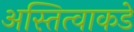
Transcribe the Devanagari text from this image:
अस्तित्वाकडे